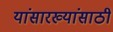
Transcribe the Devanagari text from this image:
यांसारख्यांसाठी